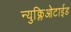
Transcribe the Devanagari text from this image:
न्युक्लिओटाईड